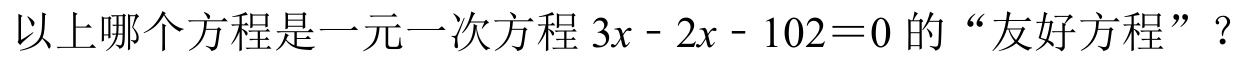
以上哪个方程是一元一次方程 \(3x - 2x - 102 = 0\) 的“友好方程” ？